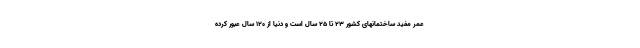
عمر مفید ساختمانهای کشور ۲۳ تا ۲۵ سال است و دنیا از ۱۲۰ سال عبور کرده